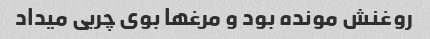
روغنش مونده بود و مرغها بوی چربی میداد